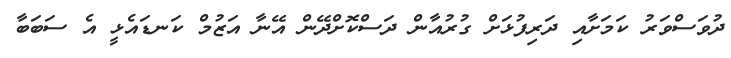
ދުވަސްވަރު ކަމަށާއި ދަރިފުޅަށް ގުރުއާން ދަސްކޮށްދޭން އޭނާ އަޒުމް ކަނޑައެޅީ އެ ސަބަބާ